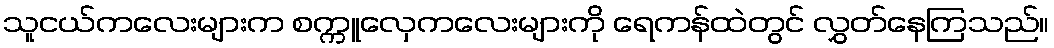
သူငယ်ကလေးများက စက္ကူလှေကလေးများကို ရေကန်ထဲတွင် လွှတ်နေကြသည်။